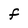
Character: F